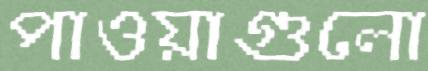
পাওয়াগুলো